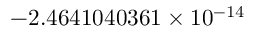
- 2 . 4 6 4 1 0 4 0 3 6 1 \times 1 0 ^ { - 1 4 }